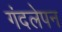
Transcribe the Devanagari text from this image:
गंदलेपन